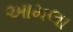
આમલા